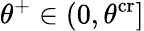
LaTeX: \theta^{+}\in(0,\theta^{\mathrm{cr}}]